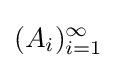
(A_{i})_{i=1}^{\infty }